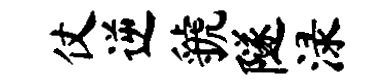
仗逆虢隧渌